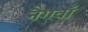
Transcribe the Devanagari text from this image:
नैगवाँ